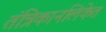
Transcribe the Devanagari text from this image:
तंत्रिकानलिकेत